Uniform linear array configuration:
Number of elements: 8
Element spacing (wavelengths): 0.5
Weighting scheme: cosine
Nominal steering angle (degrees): -30
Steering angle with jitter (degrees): -28.088
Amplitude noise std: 0.05
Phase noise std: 0.05

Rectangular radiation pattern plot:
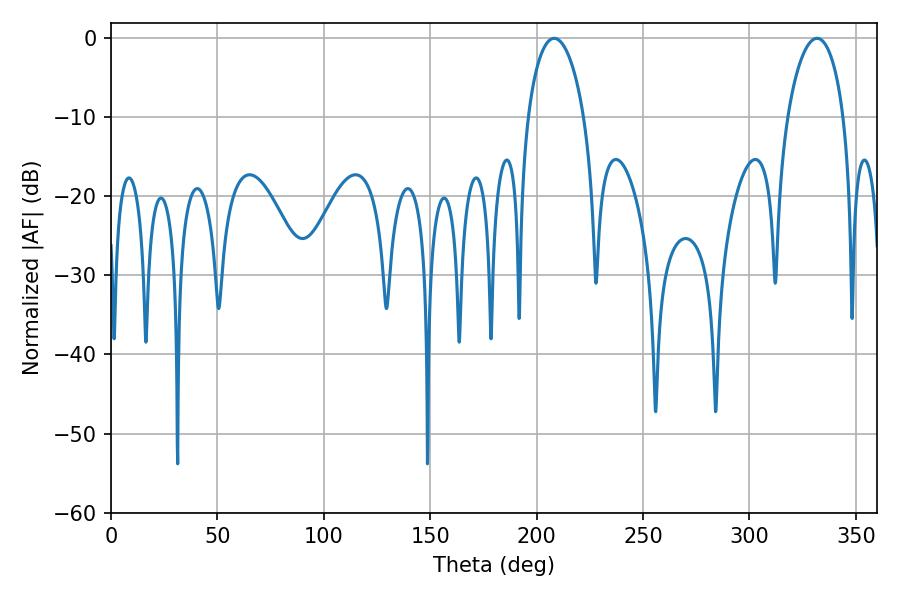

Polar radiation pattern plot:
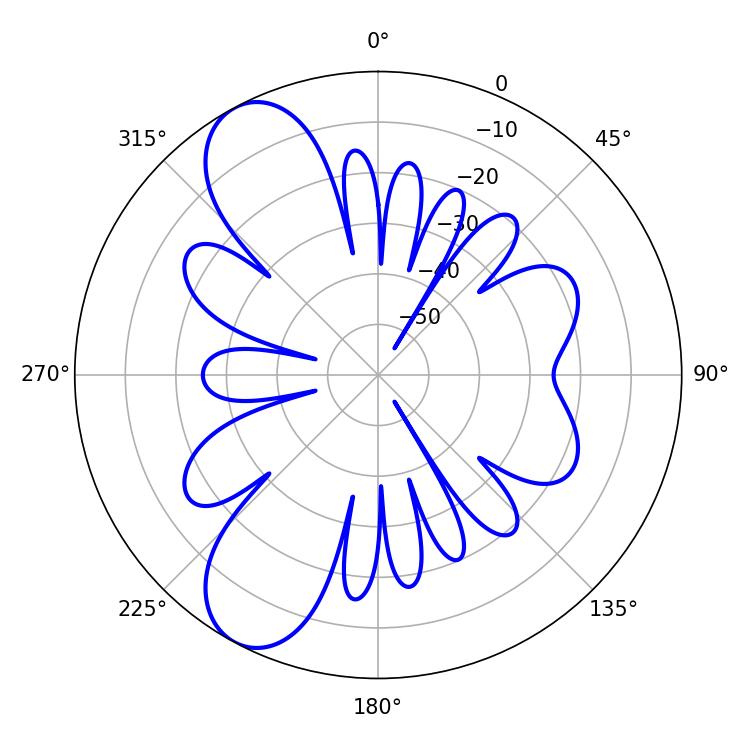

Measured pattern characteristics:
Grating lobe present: FALSE
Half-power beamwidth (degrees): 15.12
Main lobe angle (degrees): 331.74